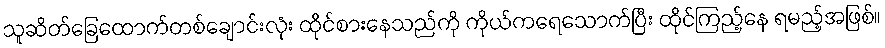
သူဆိတ်ခြေထောက်တစ်ချောင်းလုံး ထိုင်စားနေသည်ကို ကိုယ်ကရေသောက်ပြီး ထိုင်ကြည့်နေ ရမည့်အဖြစ်။